Medical and sanitary report on the native army of Bombay for the year
Year: 1878
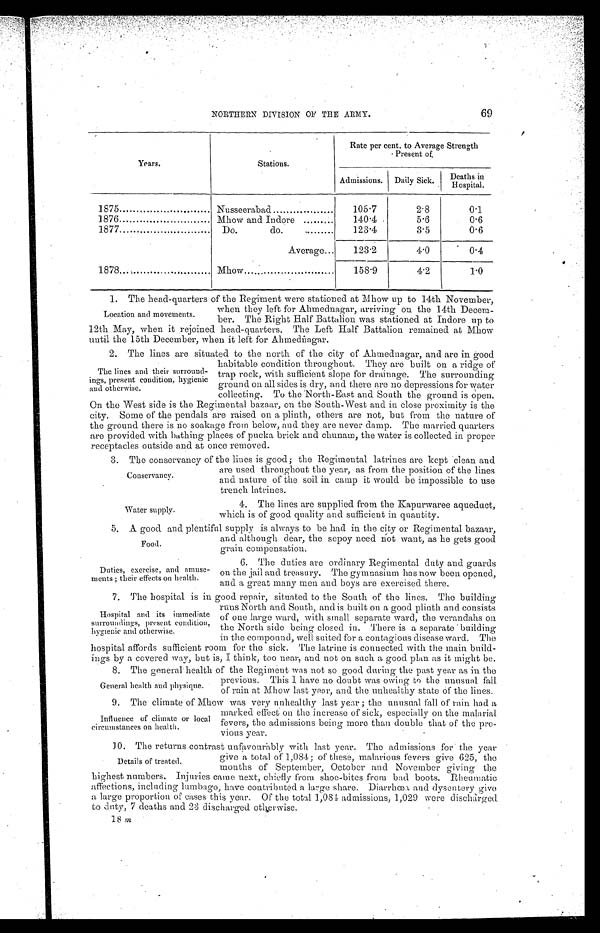
Food.
Duties, exercise, and amuse-
ments ; their effects on health.
69
NORTHERN DIVISION OF THE ARMY.
Years.
Stations.
Rate per cent. to Average Strength
Present of
Admissions.
Daily Sick.
Deaths in
Hospital.
1875
Nusseerabad.
105.7
2.8
0.1
1876
Mhow and Indore
140.4
5.6
0.6
1877
Do.
d o . . . . . . . . .
123.4
3.5
0.6
Average...
123.2
4.0
0.4
1878...
Mhow
158.9
4.2
1.0
1. The head-Quarters of the Regiment were stationed at Mhow up to 14th November,
Location and movements.
when they left for Ahmednagar, arriving on the 14th Decem-
ber. The Right Half Battalion was stationed at Indore up to
12th May, when it rejoined head-quarters. The Left Half Battalion remained at Mhow
until the 15th December, when it left for Ahmed ń agar.
2. The lines are situated to the north of the city of Ahmednagar, and are in good
habitable condition throughout. They are built on a ridge of
trap rock, with sufficient slope for drainage. The surrounding
ground on all sides is dry, and there are no depressions for water
collecting. To the North-East and South the ground is open.
On the West side is the Regimental bazaar, on the South-West and in close proximity is the
city. Some of the pendals are raised on a plinth, others are not, but from the nature of
the ground there is no soakage from below, and they are never damp. The married quarters
are provided with bathing places of pucka brick and chunam, the water is collected in proper
receptacles outside and at once removed.
3. The conservancy of the lines is good ; the Regimental latrines are kept clean and
The lines and their surround-
ings, present condition, hygienic
and otherwise.
Conservancy.
Water supply.
are used throughout the year, as from the position of the lines
and nature of the soil in camp it would be impossible to use
trench latrines.
4. The lines are supplied from the Kapurwaree aqueduct,
which is of good quality and sufficient in quantity.
5. A good and plentiful supply is always to be had in the city or Regimental bazaar,
and although dear, the sepoy need ńot want, as he gets good
grain compensation.
6. The duties are ordinary Regimental duty and guards
on the jail and treasury. The gymnasium has now been opened,
and a great many men and boys are exercised there.
7. The hospital is in good repair, situated to the South of the lines. The building
runs North and South, and is built on a good plinth and consists
of one large ward, with small separate ward, the verandahs on
the North side being closed in. There is a separate building
in the compound, well suited for a contagious disease ward. The
hospital affords sufficient room for the sick. The latrine is connected with the main build-
ings by a covered way, but is, I think, too near, and not on such a good plan as it might be.
8. The general health of the Regiment was not so good during the past year as in the
previous. This I have no doubt was owing to the unusual fall
of rain at Mhow last year, and the unhealthy state of the lines.
9. The climate of Mhow was very unhealthy last year ; the unusual fall of rain had a
marked effect on the increase of sick, especially on the malarial
fevers, the admissions being more than double that of the pre-
vious year.
10. The returns contrast unfavourhbly with last year. The admissions for the year
give a total of 1,084 ; of these, malarious fevers give 62.5, the
months of September, October and November giving the
highest numbers. Injuries came next, chiefly from shoe-bites from bad boots. Rheumatic
affections, including lumbago, have contributed a large share. Diarrhœa, and dysentery give
a large proportion of cases this year. Of the total 1,084 admissions, 1,029 were dischàrged
to duty, 7 deaths and 23 discharged otherwise.
18 m
Hospital and its immediate
surroundings, present condition,
hygienic and otherwise.
General health and physique.
Influence of climate or local
circumstances on health.
Details of treated.